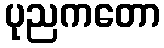
ပုညကတော